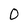
Character: 0